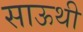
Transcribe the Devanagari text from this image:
साऊथी